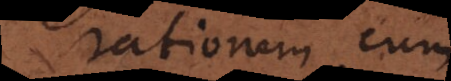
rationem cum